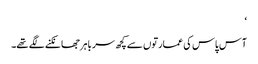
‘
آس پاس کی عمارتوں سے کچھ سر باہر جھانکنے لگے تھے۔